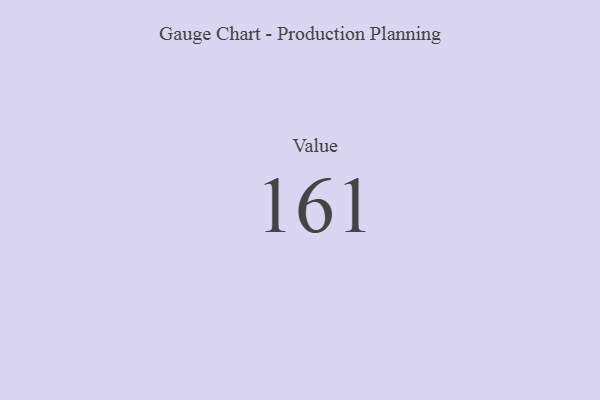
{"axis": {"x": "Metric", "y": "Value"}, "legend": [""], "data": [{"x": "Value", "y": 161, "type": ""}]}